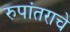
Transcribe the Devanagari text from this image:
रुपांतराचे